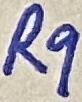
Text: R9